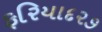
ફરિયાદ૨૭